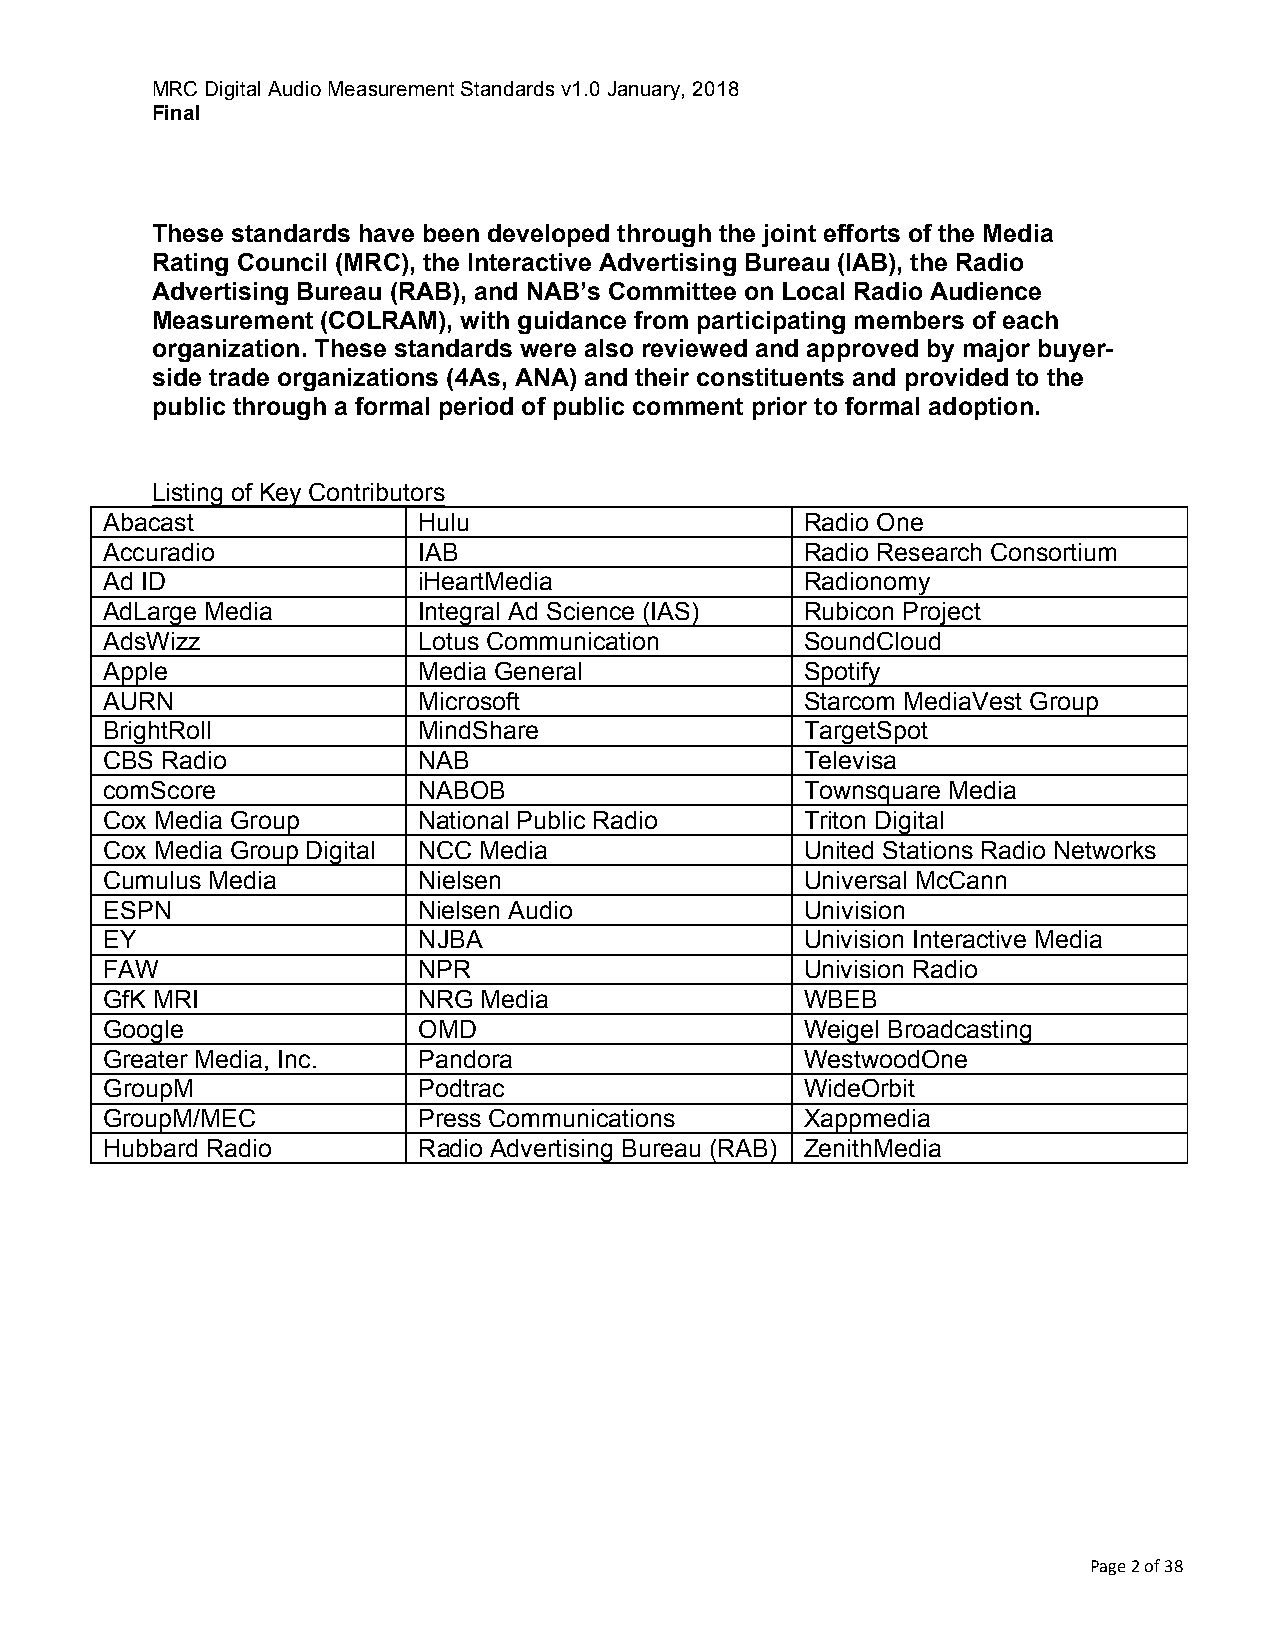
MRC Digital Audio Measurement Standards v1.0 January, 2018
 Final
 These standards have been developed through the joint efforts of the Media
 Rating Council (MRC), the Interactive Advertising Bureau (IAB), the Radio
 Advertising Bureau (RAB), and NAB’s Committee on Local Radio Audience
 Measurement (COLRAM), with guidance from participating members of each
 organization. These standards were also reviewed and approved by major buyer-
 side trade organizations (4As, ANA) and their constituents and provided to the
 public through a formal period of public comment prior to formal adoption.
 Listing of Key Contributors
 Abacast              Hulu                     Radio One
 Accuradio            IAB                      Radio Research Consortium
 Ad ID                iHeartMedia              Radionomy
 AdLarge Media        Integral Ad Science (IAS) Rubicon Project
 AdsWizz              Lotus Communication      SoundCloud
 Apple                Media General            Spotify
 AURN                 Microsoft                Starcom MediaVest Group
 BrightRoll           MindShare                TargetSpot
 CBS Radio            NAB                      Televisa
 comScore             NABOB                    Townsquare Media
 Cox Media Group      National Public Radio    Triton Digital
 Cox Media Group Digital NCC Media             United Stations Radio Networks
 Cumulus Media        Nielsen                  Universal McCann
 ESPN                 Nielsen Audio            Univision
 EY                   NJBA                     Univision Interactive Media
 FAW                  NPR                      Univision Radio
 GfK MRI              NRG Media                WBEB
 Google               OMD                      Weigel Broadcasting
 Greater Media, Inc.  Pandora                  WestwoodOne
 GroupM               Podtrac                  WideOrbit
 GroupM/MEC           Press Communications     Xappmedia
 Hubbard Radio        Radio Advertising Bureau (RAB) ZenithMedia
 Page 2 of 38